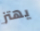
يهتز